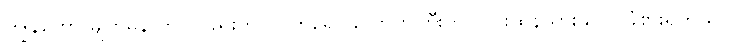
ကျွန်တော် မျက်မှန် တပ်လည်းတပ်လိုက်ရော လောကကြီးက လင်းထိန်သွားသလို ခံစားရတယ်။